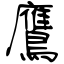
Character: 鷹